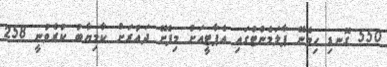
550 ގޮނޑި ހިމެނޭ ޕާލަމެންޓްގައި އެޕާޓީއަށް މިފެށޭ ދައުރަށް ކާމިޔާބު ކުރެވުނީ 258